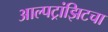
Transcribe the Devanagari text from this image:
आल्पट्रांझिटचा